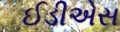
ઈડીએસ